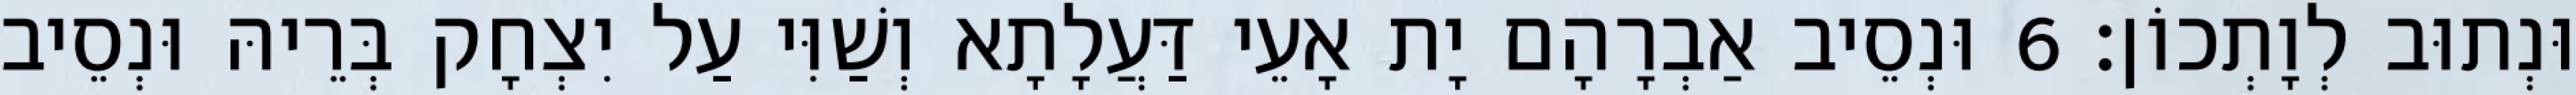
וּנְתוּב לְוָתְכוֹן׃ 6 וּנְסֵיב אַבְרָהָם יָת אָעֵי דַּעֲלָתָא וְשַׁוִּי עַל יִצְחָק בְּרֵיהּ וּנְסֵיב